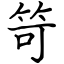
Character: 笴